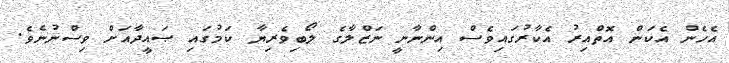
އެހެން އެކަން އޮތްއިރު އެކާރުގައިވެސް އިންނާނީ ނަޒްލާގެ ލޯބިވެރިޔާ ކަމުގައި ޞައީދާއަށް ވިސްނުނެވެ.